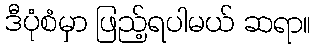
ဒီပုံစံမှာ ဖြည့်ရပါမယ် ဆရာ။